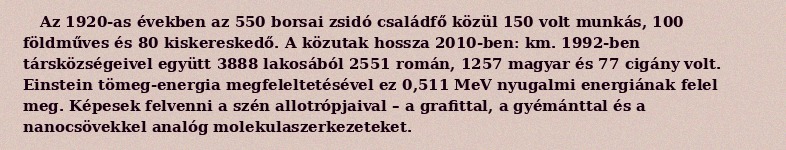
Az 1920-as években az 550 borsai zsidó családfő közül 150 volt munkás, 100 földműves és 80 kiskereskedő. A közutak hossza 2010-ben:  km. 1992-ben társközségeivel együtt 3888 lakosából 2551 román, 1257 magyar és 77 cigány volt. Einstein tömeg-energia megfeleltetésével ez 0,511 MeV nyugalmi energiának felel meg. Képesek felvenni a szén allotrópjaival – a grafittal, a gyémánttal és a nanocsövekkel analóg molekulaszerkezeteket.